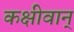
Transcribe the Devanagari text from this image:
कक्षीवान्